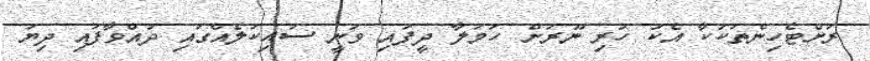
ރަށްޓެހިންތަކަކާ އެކު ހުރި ނޫރަށް ހަމަލާ ދީފައި ވަނީ ސައިކަލެއްގައި ދުއްވާފައި ދިޔަ